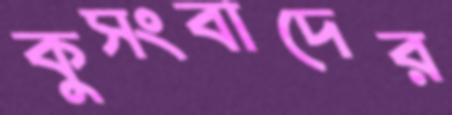
কুসংবাদের